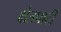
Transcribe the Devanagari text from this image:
क्षेत्रपाटी